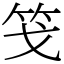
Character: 䇝